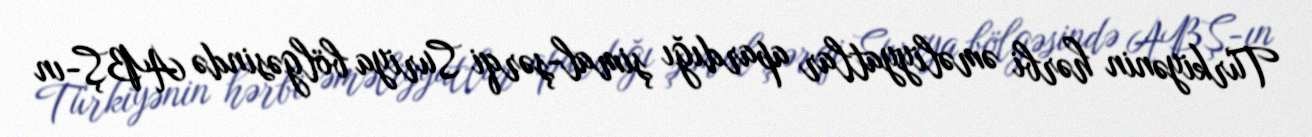
Türkiyənin hərbi əməliyyatlar apardığı şimal-şərqi Suriya bölgəsində ABŞ-ın